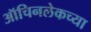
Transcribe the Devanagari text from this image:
ऑचिनलेकच्या